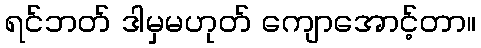
ရင်ဘတ် ဒါမှမဟုတ် ကျောအောင့်တာ။